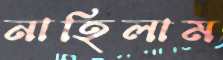
নাহিলাম